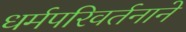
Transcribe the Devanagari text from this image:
धर्मपरिवर्तनाने